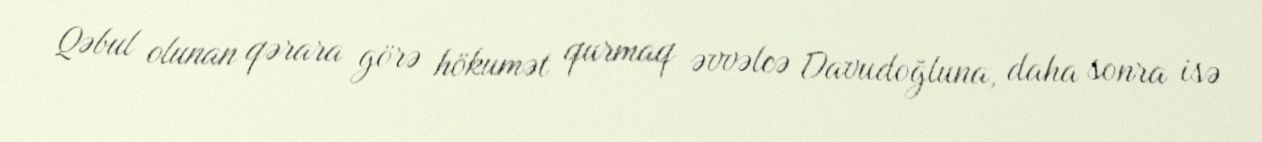
Qəbul olunan qərara görə hökumət qurmaq əvvəlcə Davudoğluna, daha sonra isə